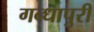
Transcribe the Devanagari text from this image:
गन्धापुरी